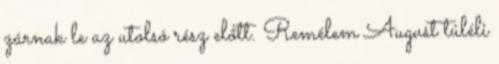
zárnak le az utolsó rész előtt. Remélem August túléli